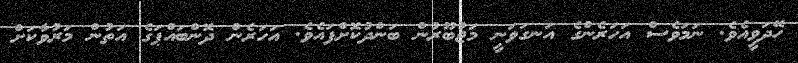
ހޭދަވީއެވެ. ނަމަވެސް އަހަރެންގެ އަނގަވަނީ މަޖުބޫރުން ބަންދުކޮށްފައެވެ. އަހަރެން ދޮންބައްޕަގެ އަތުން މަރުވާކަށް